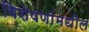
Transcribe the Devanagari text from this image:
विशेषणांमधील